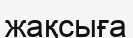
жақсыға